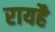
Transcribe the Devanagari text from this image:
रायहै